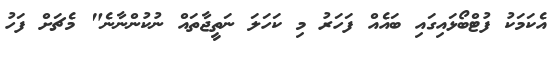
އެކަމަކު ފުޓްބޯޅައިގައި ބައެއް ފަހަރު މި ކަހަލަ ނަތީޖާތަައް ނުކުންނާނެ" މެޗަށް ފަހު